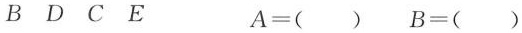
B D C E A =() B=()